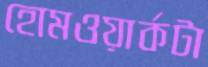
হোমওয়ার্কটা